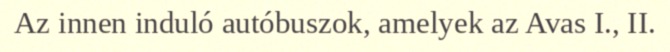
Az innen induló autóbuszok, amelyek az Avas I., II.